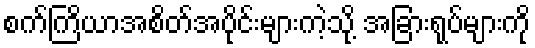
စက်ကြိယာအစိတ်အပိုင်းများကဲ့သို့ အခြားရုပ်များကို